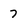
Character: 7